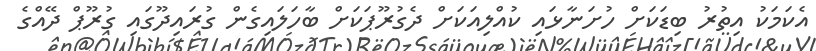
އެކަމަކު އިތުރު ބިޑަކަށް ހުށަނާޅައި ކުއްލިއަކަށް ދެގުރޫޕަކަށް ބާހަލައިގެން ގުރައިދޫގައި ގުރޫޕް ދޭއްގެ